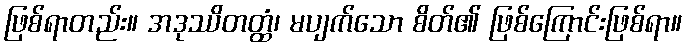
ဖြစ်ရာတည်း။ အဒုဿိတတ္ထံ၊ မပျက်သော စိတ်၏ ဖြစ်ကြောင်းဖြစ်ရာ။